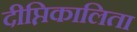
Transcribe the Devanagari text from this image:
दीप्तिकालिता